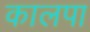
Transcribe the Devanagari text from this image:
कालपा